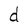
Character: d